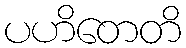
ပဟိတေတိ